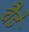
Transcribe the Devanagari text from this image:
चैडे